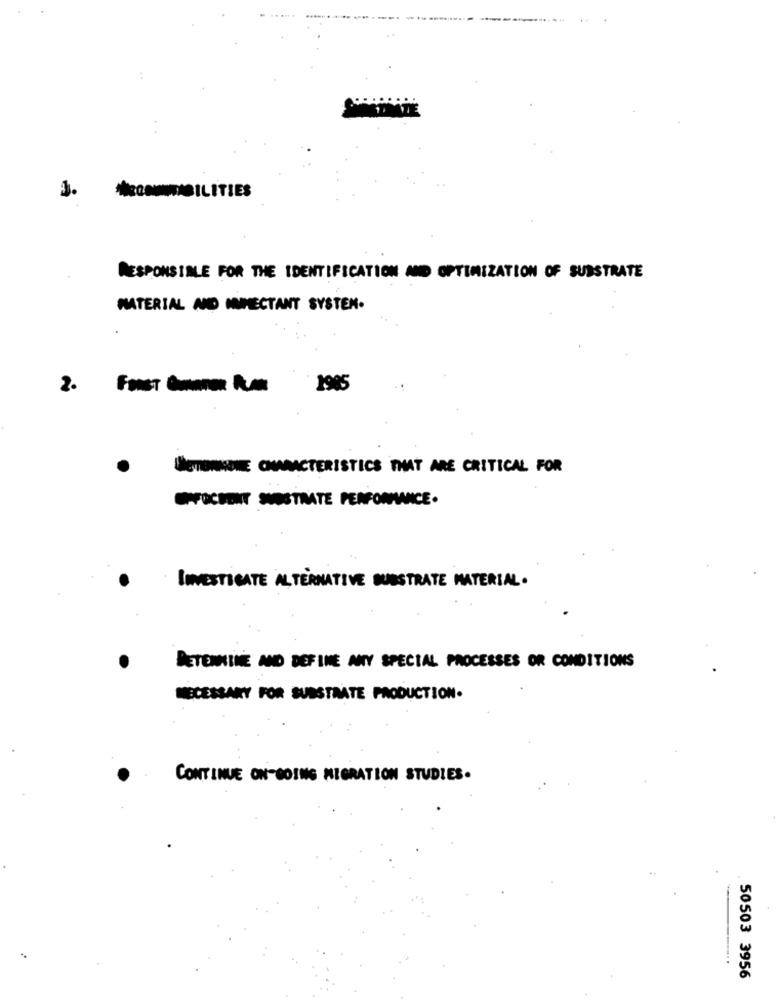
3.
*ILITIES
RESPONSIBLE FOR THE IDENTIFICATION AND OPTIMIZATION OF SUBSTRATE
MATERIAL AND INFECTANT SYSTEM.
2.
1985
WETURNTHE CHARACTERISTICS THAT ARE CRITICAL FOR
CHFOCHTIT SVOSTAATE PERFORMANCE.
INVESTIGATE ALTERNATIVE SUBSTRATE MATERIAL.
DETENTINE AND DEFINE ANTY SPECIAL PROCESSES OR CONDITIONS
NECESSARY FOR SUBSTRATE PRODUCTION.
CONTINUE ON-GOING MIGRATION STUDIES.
50503 3956